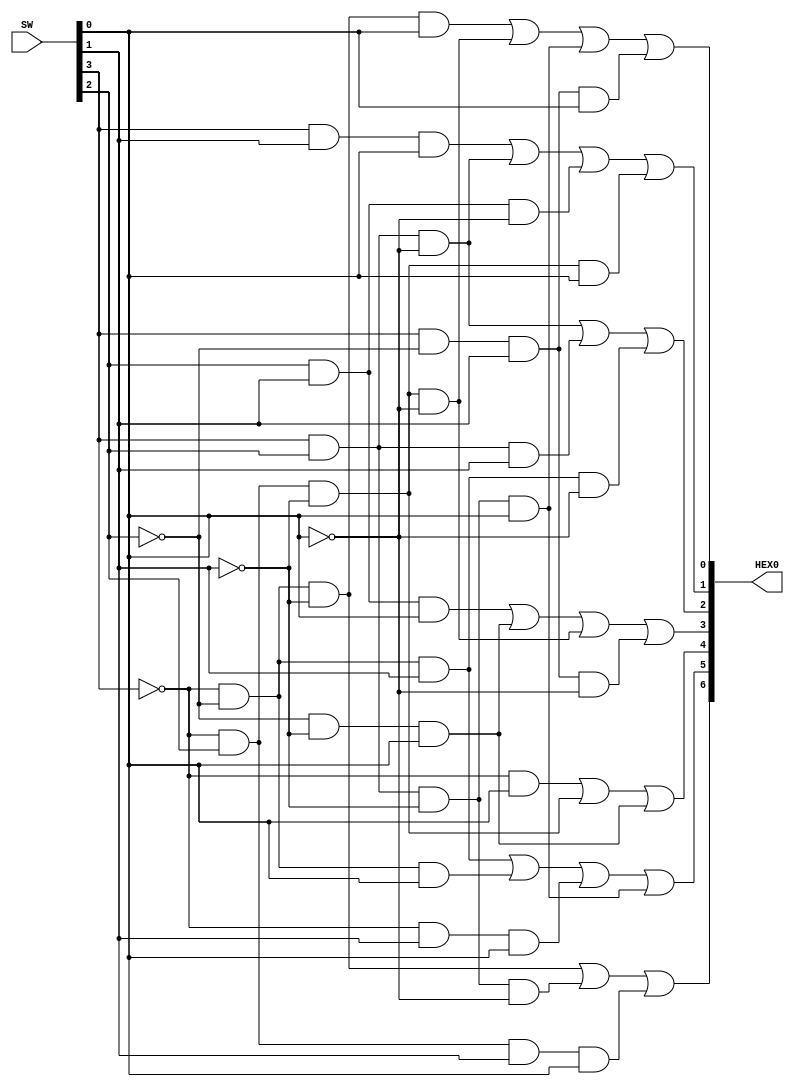
module seven_seg_decoder(SW,HEX0);
  input [3:0] SW;
  output [6:0] HEX0;

  assign HEX0[0] = (~SW[3]&~SW[2]&~SW[1]&SW[0]) | (~SW[3]&SW[2]&~SW[1]&~SW[0]) | (SW[3]&SW[2]&~SW[1]&SW[0]) | (SW[3]&~SW[2]&SW[1]&SW[0]);
  assign HEX0[1] = (SW[3]&SW[1]&SW[0]) | (SW[3]&SW[2]&~SW[0]) | (SW[2]&SW[1]&~SW[0]) | (~SW[3]&SW[2]&~SW[1]&SW[0]);
  assign HEX0[2] = (SW[3]&SW[2]&~SW[0]) | (SW[3]&SW[2]&SW[1]) | (~SW[3]&~SW[2]&SW[1]&~SW[0]);
  assign HEX0[3] = (SW[2]&SW[1]&SW[0]) | (~SW[2]&~SW[1]&SW[0]) | (~SW[3]&SW[2]&~SW[1]&~SW[0]) | (SW[3]&~SW[2]&SW[1]&~SW[0]);
  assign HEX0[4] = (~SW[3]&SW[0]) | (~SW[3]&SW[2]&~SW[1]) | (~SW[2]&~SW[1]&SW[0]);
  assign HEX0[5] = (~SW[3]&~SW[2]&SW[1]) | (~SW[3]&~SW[2]&SW[0]) | (~SW[3]&SW[1]&SW[0]) | (SW[3]&SW[2]&~SW[1]&SW[0]);
  assign HEX0[6] = (~SW[3]&~SW[2]&~SW[1]) | (SW[3]&SW[2]&~SW[1]&~SW[0]) | (~SW[3]&SW[2]&SW[1]&SW[0]);

endmodule